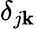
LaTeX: \delta_{j\mathbf{k}}